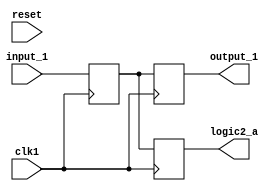
// Generator : SpinalHDL v1.4.3    git head : adf552d8f500e7419fff395b7049228e4bc5de26
// Component : SyncronousCheckerTesterB
// Git hash  : adf552d8f500e7419fff395b7049228e4bc5de26



module SyncronousCheckerTesterB (
  input               clk1,
  input               reset,
  input      [7:0]    input_1,
  output     [7:0]    output_1,
  output reg [7:0]    logic2_a
);
  wire                clk2;
  reg        [7:0]    logic1_a;
  reg        [7:0]    logic1_b;

  assign clk2 = clk1;
  assign output_1 = logic1_b;
  always @ (posedge clk1) begin
    logic1_a <= input_1;
    logic1_b <= logic1_a;
  end

  always @ (posedge clk2) begin
    logic2_a <= logic1_a;
  end


endmodule